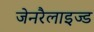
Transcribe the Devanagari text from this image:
जेनरैलाइज्ड